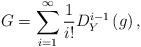
LaTeX: \begin{align*}G=\sum_{i=1}^\infty \frac{1}{i!}D_Y^{i-1}\left(g\right),\end{align*}